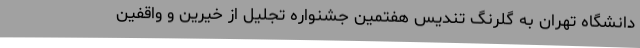
دانشگاه تهران به گلرنگ تندیس هفتمین جشنواره تجلیل از خیرین و واقفین